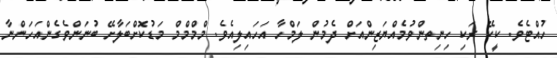
ހުއްޓެވެ. ކީކޭ ރަކި ހިނިތންވުމެއްޔަޒިންއަށް ދެމުން ލަމްހާ އަހައިލިއެވެ. މްމްމްމް މަޑުކޮށްބަލާށޭ ބުނަންވެގެންއަހަންނާ